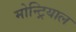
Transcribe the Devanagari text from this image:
मोन्ट्रियाल